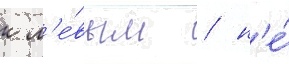
к л'е́вым / н'е́